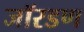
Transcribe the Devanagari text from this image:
जॉरडण